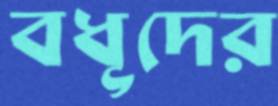
বধূদের